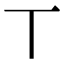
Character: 丅